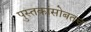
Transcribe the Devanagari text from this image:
पुस्तकांसोबतच